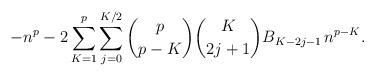
LaTeX: \begin{align*}-n^p - 2 \sum_{K=1}^{p} \sum_{j=0}^{K/2} \binom{p}{p-K} \binom{K}{2j+1} B_{K-2j-1} \, n^{p-K}.\end{align*}